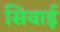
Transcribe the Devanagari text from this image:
सिवाई